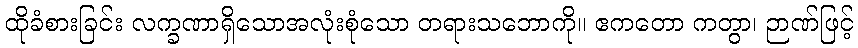
ထိုခံစားခြင်း လက္ခဏာရှိသောအလုံးစုံသော တရားသဘောကို။ ဧကတော ကတွာ၊ ဉာဏ်ဖြင့်